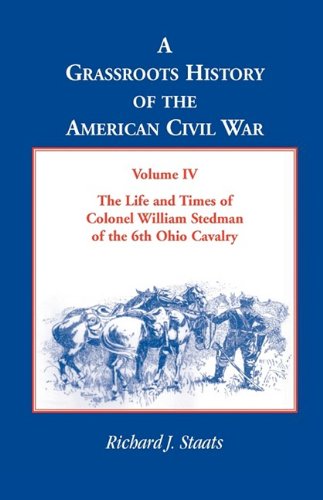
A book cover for A Grassroots History of the American Civil War, Volume IV: The Life and Times of Colonel William Stedman of the 6th Ohio Cavalry; Richard J. Staats; Biographies & Memoirs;